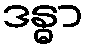
ဒန္ဓာ